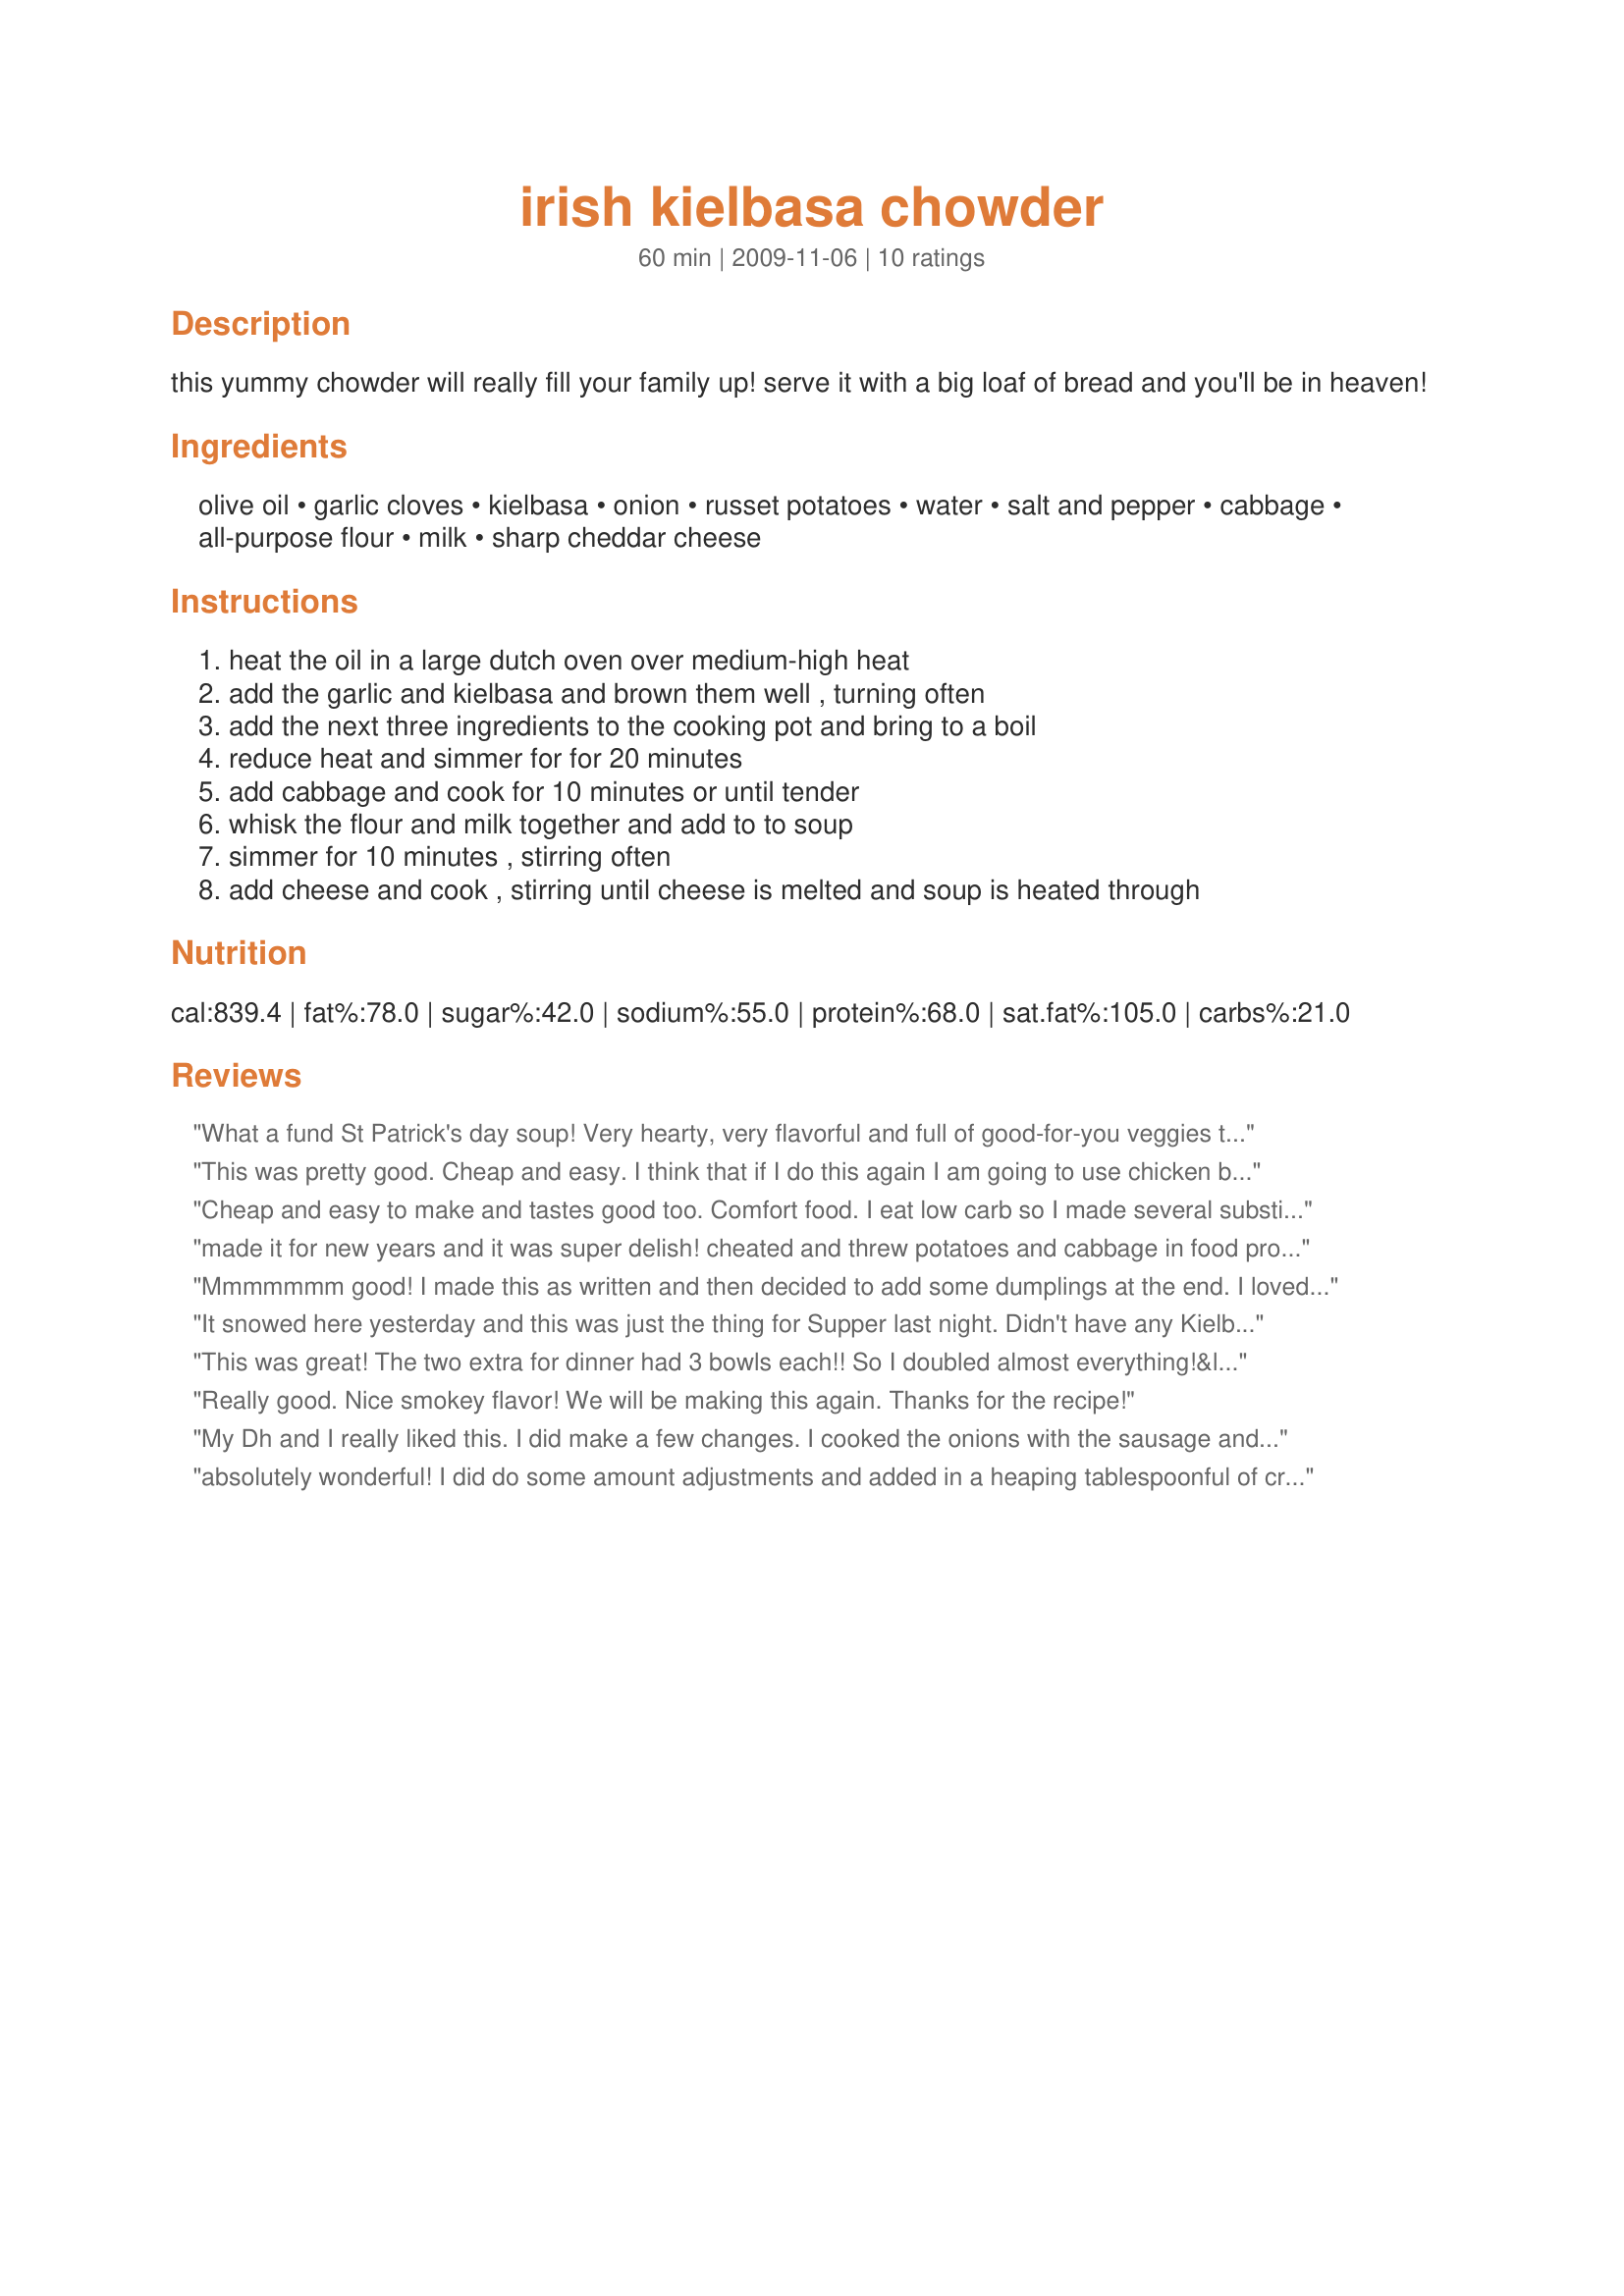
irish kielbasa chowder
Preparation time: 60 minutes

this yummy chowder will really fill your family up! serve it with a big loaf of bread and you'll be in heaven!

Ingredients:
olive oil, garlic cloves, kielbasa, onion, russet potatoes, water, salt and pepper, cabbage, all-purpose flour, milk, sharp cheddar cheese

Steps:
heat the oil in a large dutch oven over medium-high heat, add the garlic and kielbasa and brown them well , turning often, add the next three ingredients to the cooking pot and bring to a boil, reduce heat and simmer for for 20 minutes, add cabbage and cook for 10 minutes or until tender, whisk the flour and milk together and add to to soup, simmer for 10 minutes , stirring often, add cheese and cook , stirring until cheese is melted and soup is heated through

Reviews:
What a fund St Patrick's day soup! Very hearty, very flavorful and full of good-for-you veggies too! Serving amount is way off, I'd say at least serves 8 - we ate 4 bowls and I have a medium tupperware bowl full to the brim for lunches. I ran to the end of my milk so had to sub additional water in its place, the soup was still very creamy and had plenty of flavor. Oh, I also added 1c cubed reduced fat velveeta in place of the cheddar.
This was pretty good. Cheap and easy. I think that if I do this again I am going to use chicken broth and possibly brown the onions. I found it kind of bland.
Cheap and easy to make and tastes good too. Comfort food. I eat low carb so I made several substitutions. Replaced potato with canned yellow wax beans for that creaminess factor. For the milk I mixed water with 3 tbs whipping cream. The flour I substituted a few tbs of xantham gum. I did not have cabbage so I substituted brussel sprouts for them. All other ingredients used were the same as the recipe. The result is delicious and very low in carbs as well. I would make this again and will be taking the leftovers for lunch tomorrow.
made it for new years and it was super delish! cheated and threw potatoes and cabbage in food processor and chopped fine. Also used 2 cups 1/2 & 1/2 and 1 cup heavy cream ( bad girl!) but i have tons leftover from the holidays and i needed to use it. Just finished the last bowl today for lunch. Would def make again! thanks.
Mmmmmmm good! I made this as written and then decided to add some dumplings at the end. I loved everything about this chowder...the kielbasa, the potatoes and the cabbage made for a delicious and satisfying meal. I did enjoy the addition of the dumplings. Perfect for a cold winter evening. Made for December 2009 Photo Tag.
It snowed here yesterday and this was just the thing for Supper last night. Didn't have any Kielbasa SO, I threw in a pound of Jimmy Deans hot Breakfast sausage. WOW, thanks for a simple and pleasing recipe. Will use it often.
Cap'n Jack
This was great! The two extra for dinner had 3 bowls each!! So I doubled almost everything!&lt;br/&gt;I used 28 ounces of polska kielbasa, I used 1 small head green cabbage, I only used the 3 cups milk, but also used 2 TBS flour. I used chicken stock in place of the water. &lt;br/&gt;For more flavor I browned the onions a little in bacon grease, then added the cabbage. I browned the kielbasa in a little bacon fat as well. I did not brown the garlic, but I added it with the cabbage to the onions and let them all heat thru before adding the meat. I drained the meat, added it to the onion pot. Then added the quart of chicken stock. Then added the doubled spuds and one shredded carrot, gave a good stir and covered. Cooked this on low for an hour or so.. then hubby was late, so it was on extra low another hour after I added the 3 cups milk mixed with 2 TBS flour. I also added fresh ground black pepper to the pot with the cabbage. We passed the cheese bowl around to add to the soup individually. This did not need the cheese at all. But it&#039;s winter, the more fat the better :) Served with salad greens and sliced French bread. I know I didn&#039;t follow it exactly, but I had 12 people to feed and so I needed to double it. And I love the depth of flavor the bacon grease and chicken stock brought to the pot.
Really good. Nice smokey flavor! We will be making this again. Thanks for the recipe!
My Dh and I really liked this. I did make a few changes. I cooked the onions with the sausage and garlic. I also used chicken broth instead of just water. I think next time I make this I will adjust the cooking times a bit because my potatoes were just mush by the time the rest was done. I also added salt and pepper. I loved the silky texture of the soup and it tasted like it had a lot more cheese in it. Very yummy.
absolutely wonderful! I did do some amount adjustments and added in a heaping tablespoonful of crushed chili flakes and used chicken broth in place of water, seasoned with seasoned slat and lots of fresh ground black pepper, this was made for KK's Chef's Pick forum game, thank you Sherri
